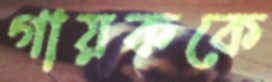
গায়ককে